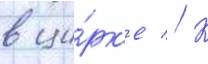
в ци́рк'е // К